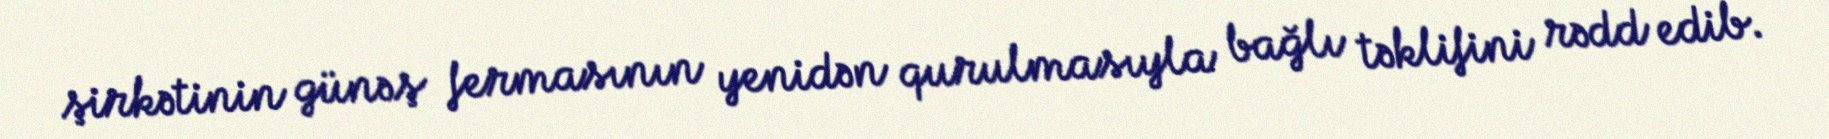
şirkətinin günəş fermasının yenidən qurulmasıyla bağlı təklifini rədd edib.